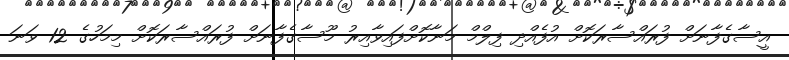
އީސާގެފާނަށް ފުރައްސާރަކޮށް އުފެއްދި ފިލްމް މަނާކޮށްފައިވާއިރު މޫސާގެފާނަށް ފުރައްސާރަކޮށް މިމަހުގެ 12 ވަނަ